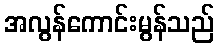
အလွန်ကောင်းမွန်သည်